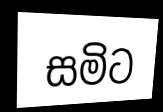
සමිට